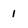
Character: 1